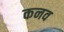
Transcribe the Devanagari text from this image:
कनव